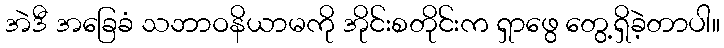
အဲဒီ အခြေခံ သဘာဝနိယာမကို အိုင်းစတိုင်းက ရှာဖွေ တွေ့ရှိခဲ့တာပါ။